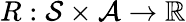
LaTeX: R:\mathcal{S}\times\mathcal{A}\rightarrow\mathbb{R}